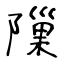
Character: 隟